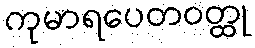
ကုမာရပေတဝတ္ထု